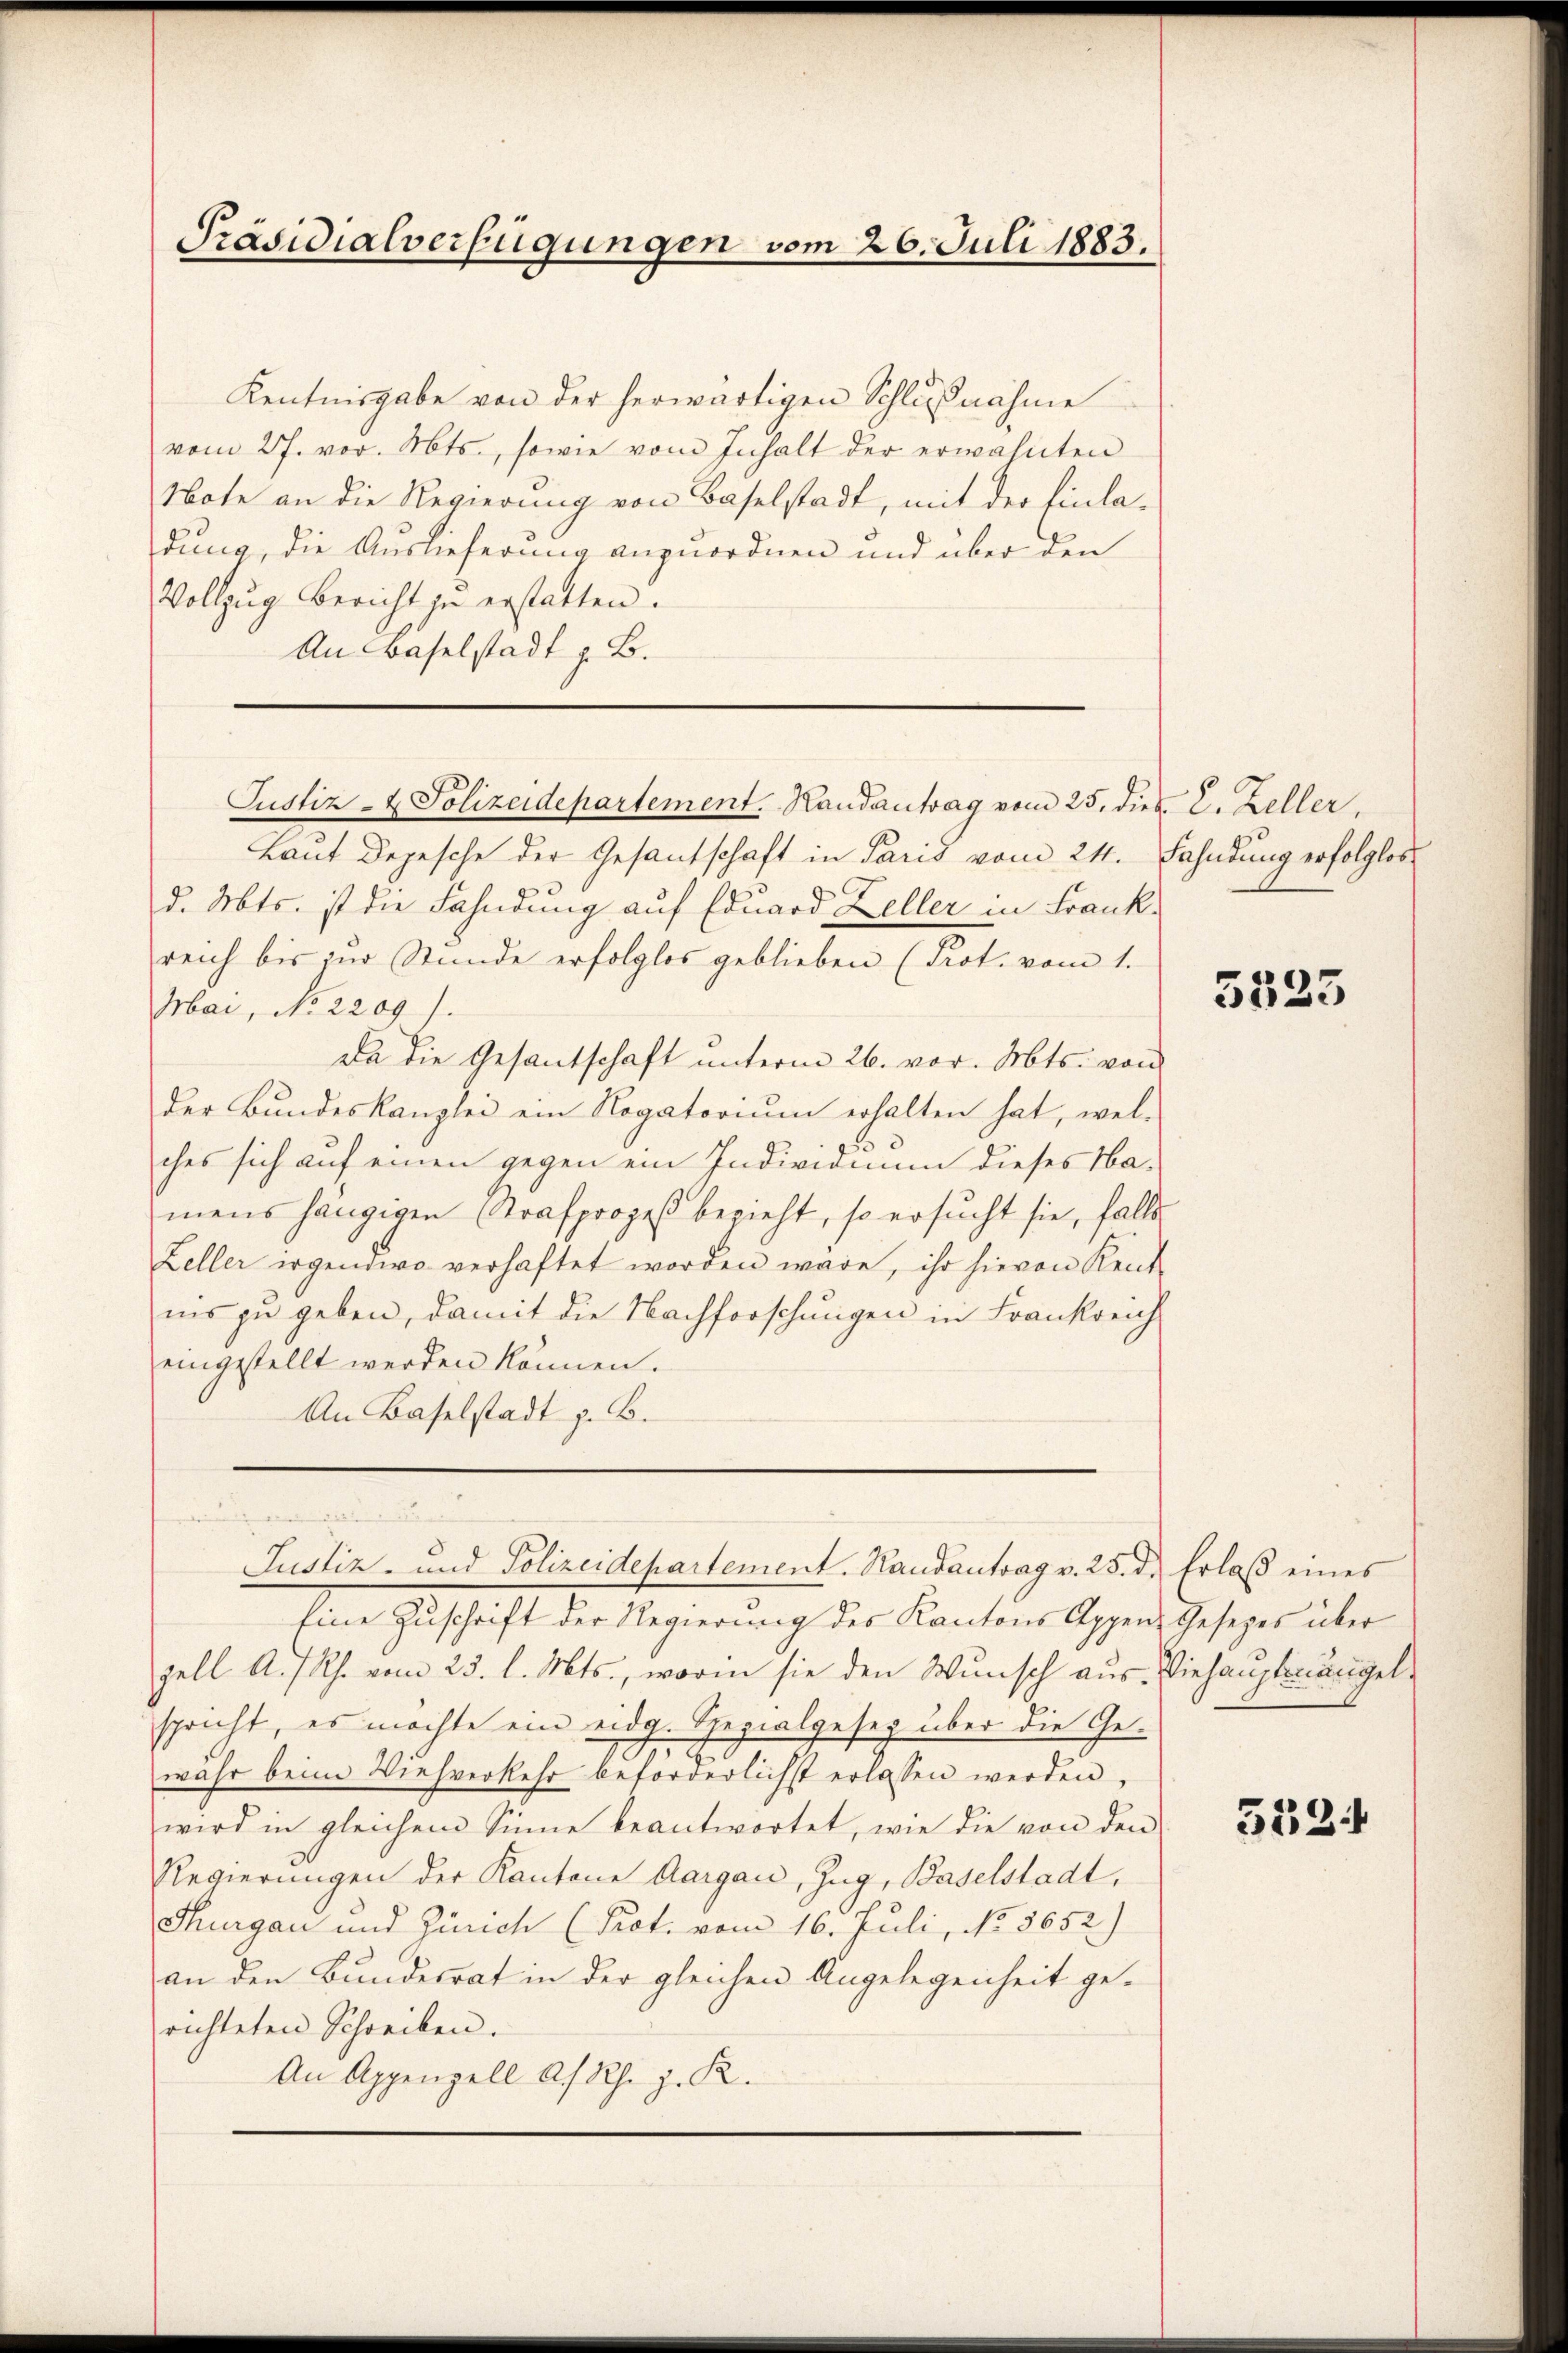
Präsidialverfügungen vom 26. Juli 1883.

Kentnisgabe von der herwärtigen Schlußnahme
vom 27. vor. Mts., sowie vom Inhalt der erwähnten
Note an die Regierung von Baselstadt, mit der Einla-
dung, die Auslieferung anzuordnen und über den
Vollzug Bericht zu erstatten.
An Baselstadt z. B.

Laut Depesche der Gesantschaft in Paris vom 24. Fahndung erfolglos
d. Mts. ist die Fahndung auf Eduard Zeller in Frankreich bis zur Stunde erfolglos geblieben (Prot. vom 1.
Mai, No 2209).
Da die Gesantschaft unterm 26. vor. Mts. von
der Bundeskanzlei ein Rogatorium erhalten hat, wel-
ches sich auf einen gegen ein Individium dieses Na-
mens hängigen Strafprozeß bezieht, so ersŭcht sie, falls
Zeller irgendwo verhaftet worden wäre, ihr hievon Rent
ins zu geben, damit die Nachforschungen in Frankreich
eingestellt werden können.
An Baselstadt z. B.

Justiz- & Polizeidepartement. Handantrag vom 25. dies E. Zeller,

Justiz- und Polizeidepartement. Handantrag v. 25. d. Erlaβ eines

Eine Zuschrift der Regierung des Kantons Appen Gesezes über
zell A.-Rh. vom 23. l. Mts., worin sie den Wunsch aus Viehauptmängelspricht, es möchte ein eidg. Spezialgesetz über die Gewuhr beim Viehverkehr beförderlichst erlassen werden,
wird in gleichem Sinne beantwortet, wie die von den
Regierungen der Kantone Aargau, Zug, Baselstadt,
Thurgau und Zürich (Prot. vom 16. Juli, No. 5652)
an den Bundesrat in der gleichen Angelegenheit ge-
richteten Schreiben.
An Appenzell a/Rh. z. K.

5525

5524